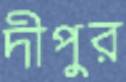
দীপুর